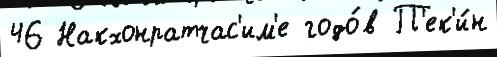
46 Накхонратчас'им'е годо́в П'ек'и́н